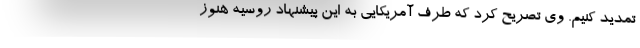
تمدید کنیم. وی تصریح کرد که طرف آمریکایی به این پیشنهاد روسیه هنوز